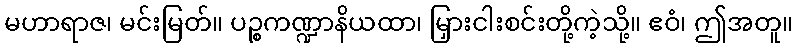
မဟာရာဇ၊ မင်းမြတ်။ ပဉ္စကဏ္ဍာနိယထာ၊ မြှားငါးစင်းတို့ကဲ့သို့။ ဧဝံ၊ ဤအတူ။